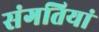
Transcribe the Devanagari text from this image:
संगतियां